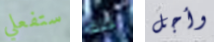
ستفعلي تلك وأجل